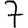
Digit: 7